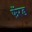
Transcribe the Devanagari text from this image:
फॅरड